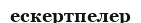
ескертпелер